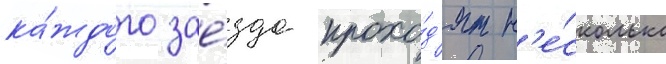
ка́ждого зае́зда прохо́д'ят н'е́сколько